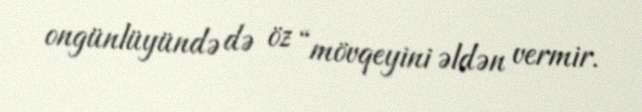
ongünlüyündə də öz “mövqeyini əldən vermir.